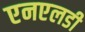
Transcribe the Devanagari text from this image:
एनएलडी